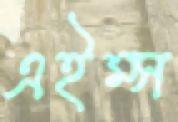
এইম্স